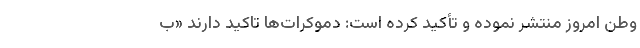
وطن امروز منتشر نموده و تأکید کرده است: دموکرات‌ها تاکید دارند «ب